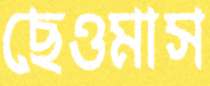
ছেওমাস